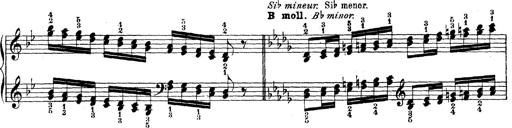
Title: Technische Studien
Composer: Franz Liszt